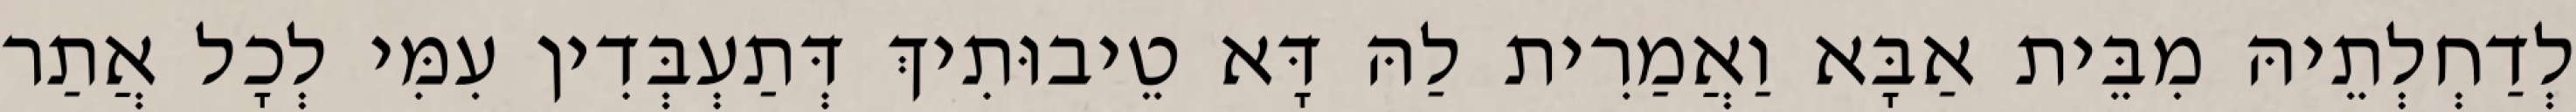
לְדַחְלְתֵיהּ מִבֵּית אַבָּא וַאֲמַרִית לַהּ דָּא טֵיבוּתִיךְ דְּתַעְבְּדִין עִמִּי לְכָל אֲתַר